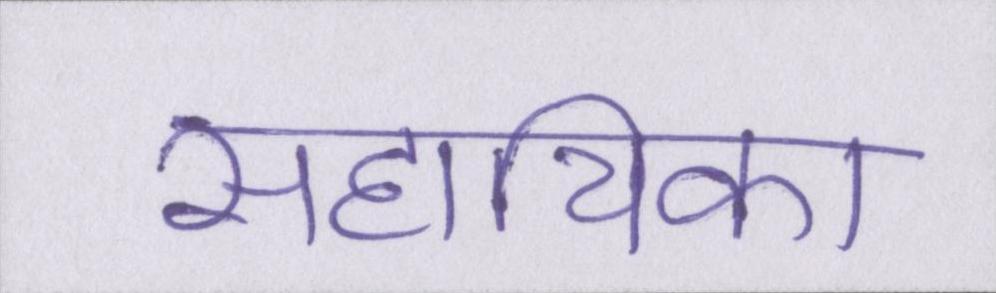
सहायिका